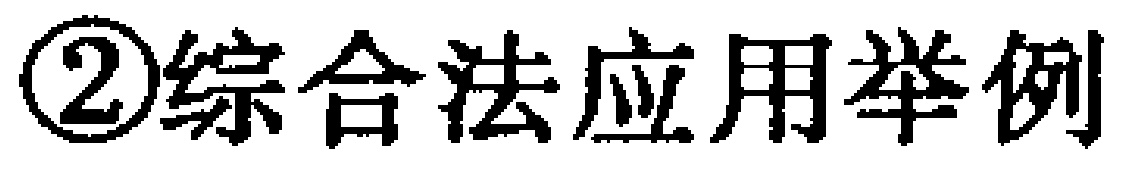
\textcircled{2}综合法应用举例